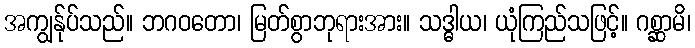
အကျွန်ုပ်သည်။ ဘဂဝတော၊ မြတ်စွာဘုရားအား။ သဒ္ဓါယ၊ ယုံကြည်သဖြင့်။ ဂစ္ဆာမိ၊